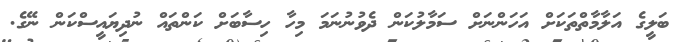
ބަލީގެ އަލާމާތްތަކަށް އަހަންނަށް ސަމާލުކަން ދެވުނުނަމަ މިހާ ހިސާބަށް ކަންތައް ނުދިޔައީސްކަން ނޭގެ.